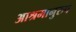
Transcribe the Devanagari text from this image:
आश्रमानुरुप